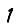
Digit: 1